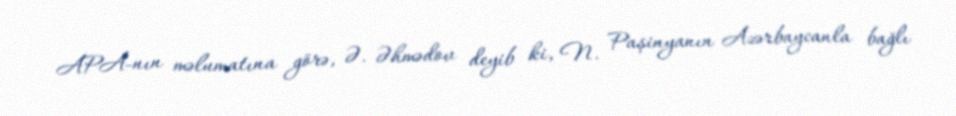
APA-nın məlumatına görə, Ə. Əhmədov deyib ki, N. Paşinyanın Azərbaycanla bağlı